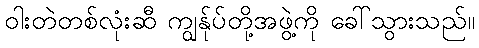
ဝါးတဲတစ်လုံးဆီ ကျွန်ုပ်တို့အဖွဲ့ကို ခေါ်သွားသည်။